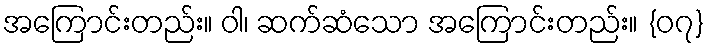
အကြောင်းတည်း။ ဝါ၊ ဆက်ဆံသော အကြောင်းတည်း။ {၀၇}